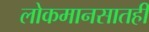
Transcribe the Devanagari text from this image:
लोकमानसातही